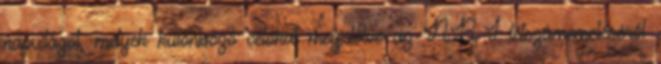
napvilágot, melyek különböző célokat megjelölve az NB I létszámemeléséről